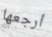
أرجعها